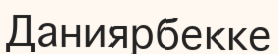
Даниярбекке